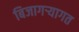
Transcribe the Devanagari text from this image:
बिजागऱ्यागत